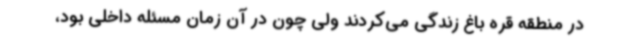
در منطقه قره باغ زندگی می‌کردند ولی چون در آن زمان مسئله داخلی بود،